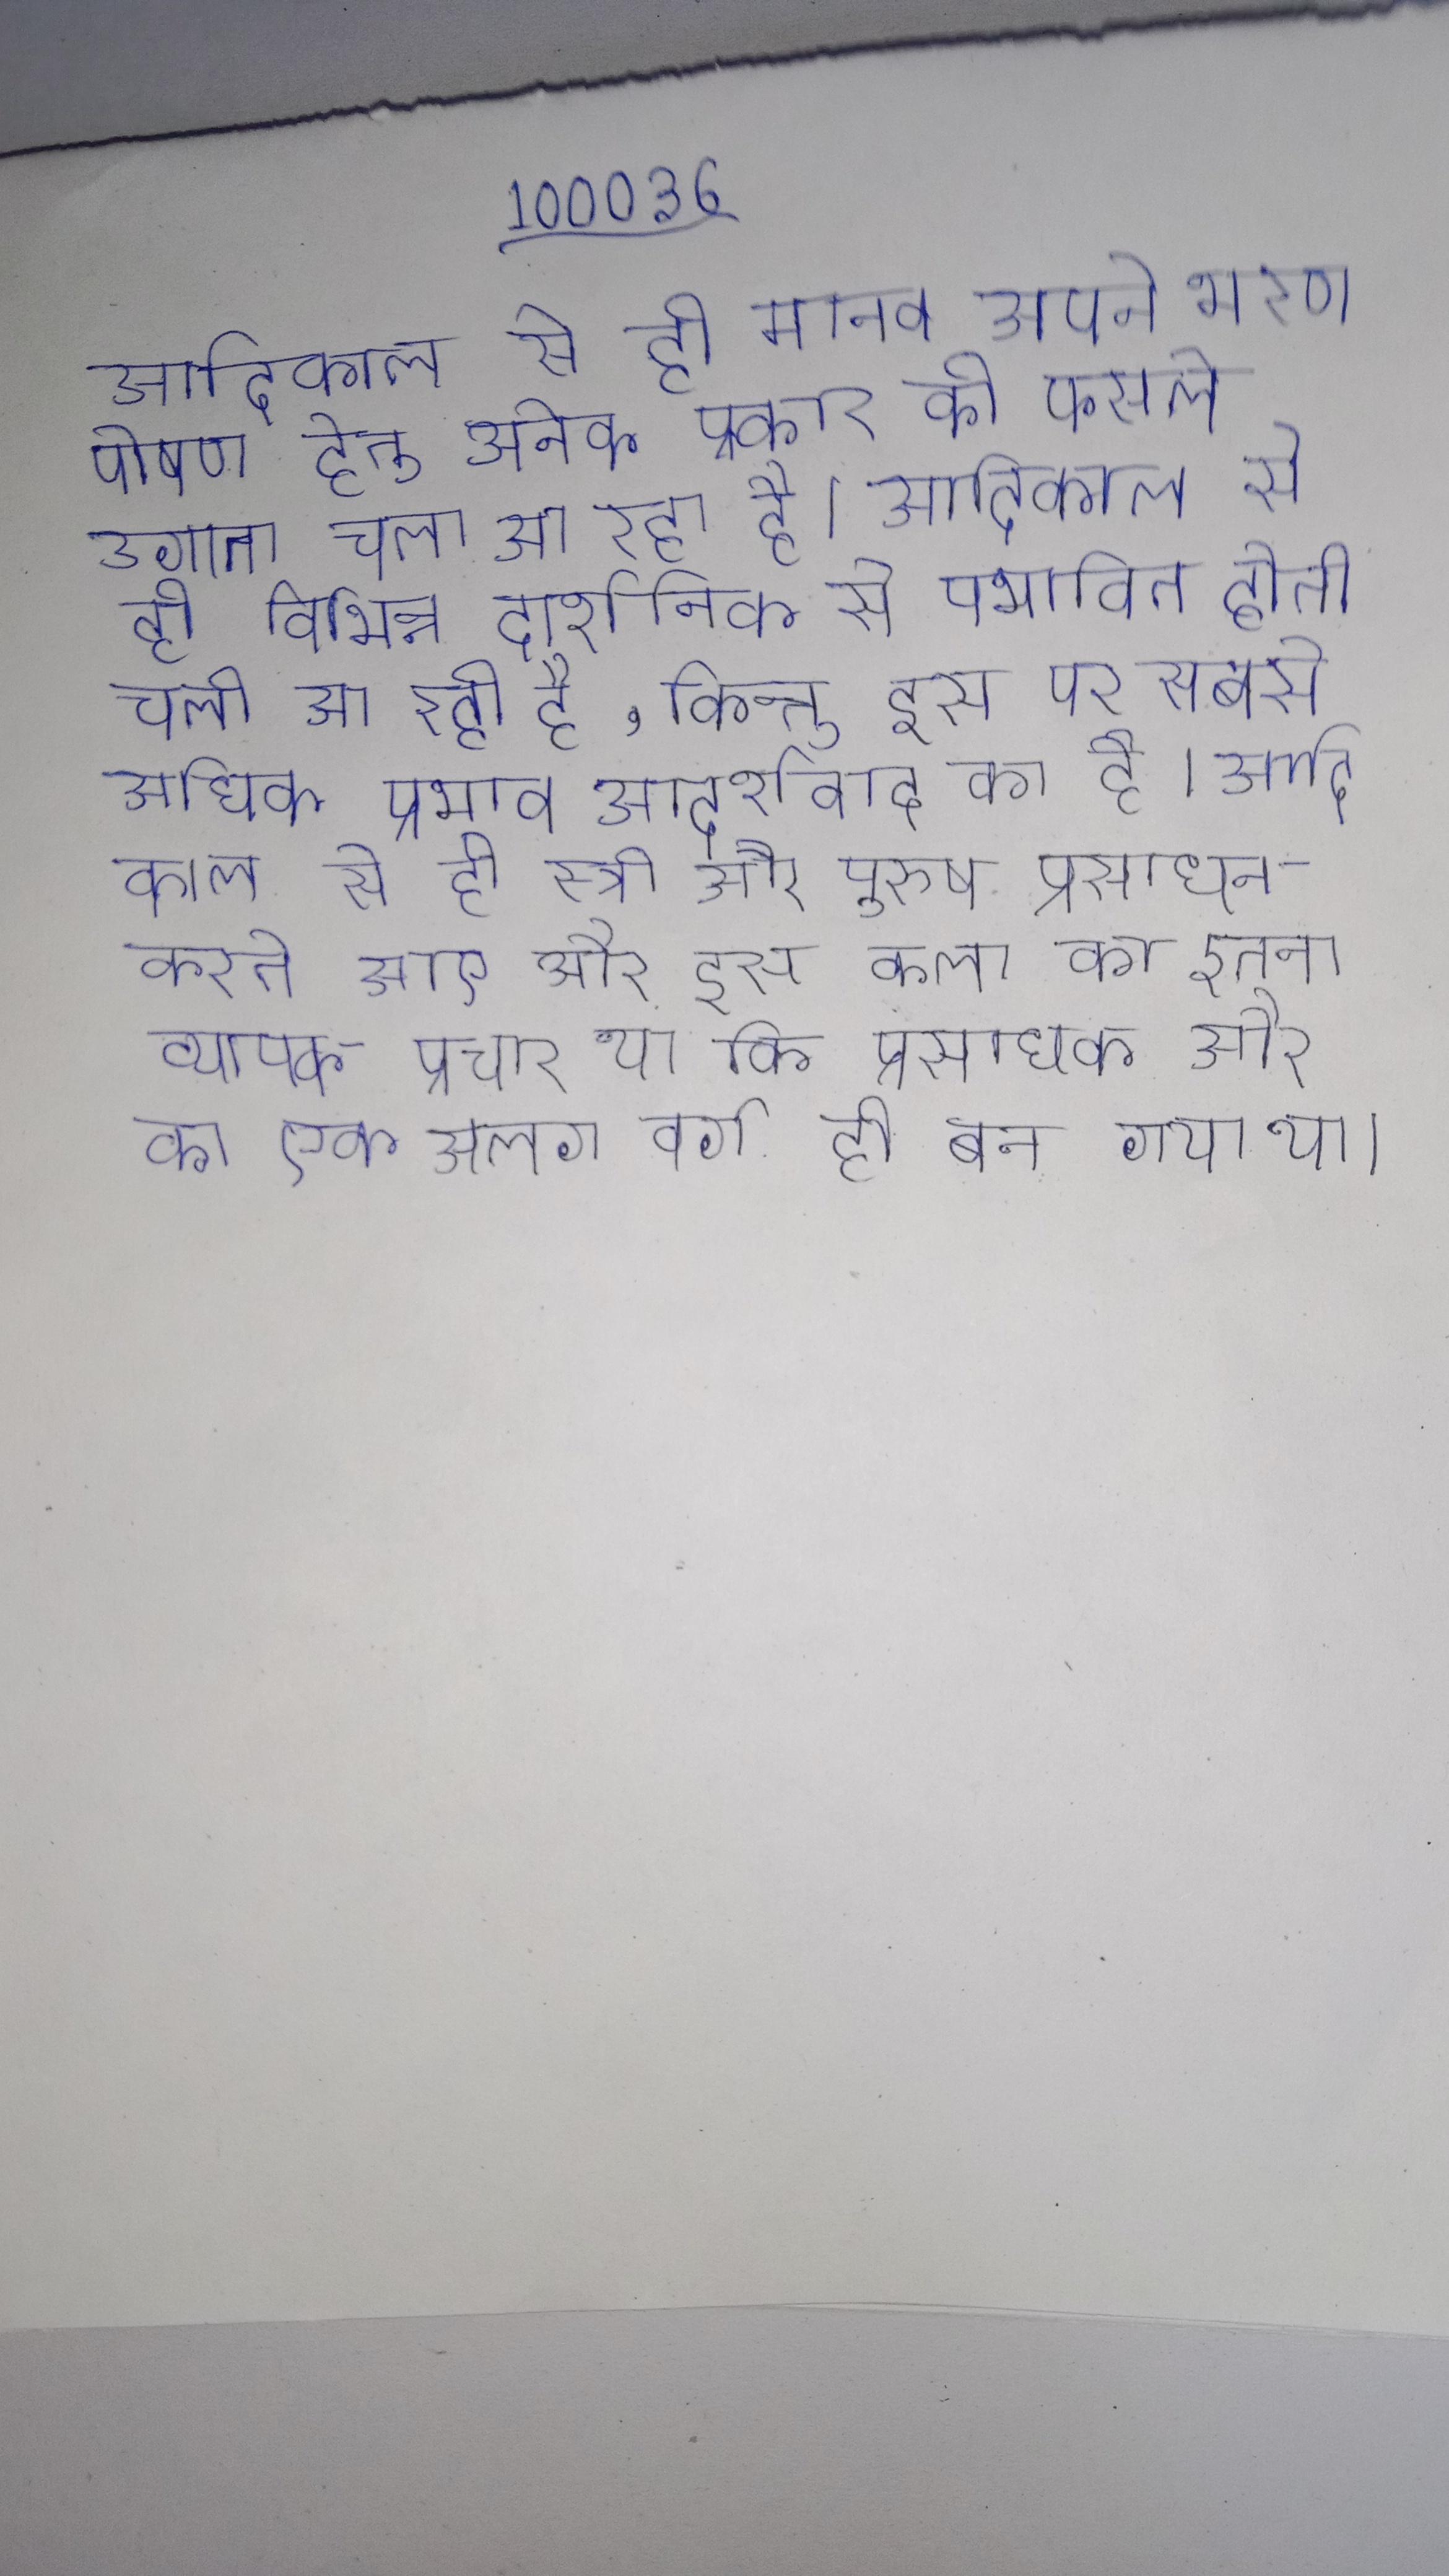
आदिकाल से ही मानव अपने भरण पोषण हेतु अनेक प्रकार की फसले उगाता चला आ रहा है । आदिकाल से ही विभिन्न दार्शनिक से प्रभावित होती चली आ रही है, किन्तु इस पर सबसे अधिक प्रभाव आदर्शवाद का है । आदि काल से ही स्त्री और पुरुष प्रसाधन करते आए और इस कला का इतना व्यापक प्रचार था कि प्रसाधक और का एक अलग वर्ग ही बन गया था ।